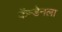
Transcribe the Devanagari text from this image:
कॅम्डेनला